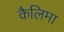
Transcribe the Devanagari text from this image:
कैलिमा